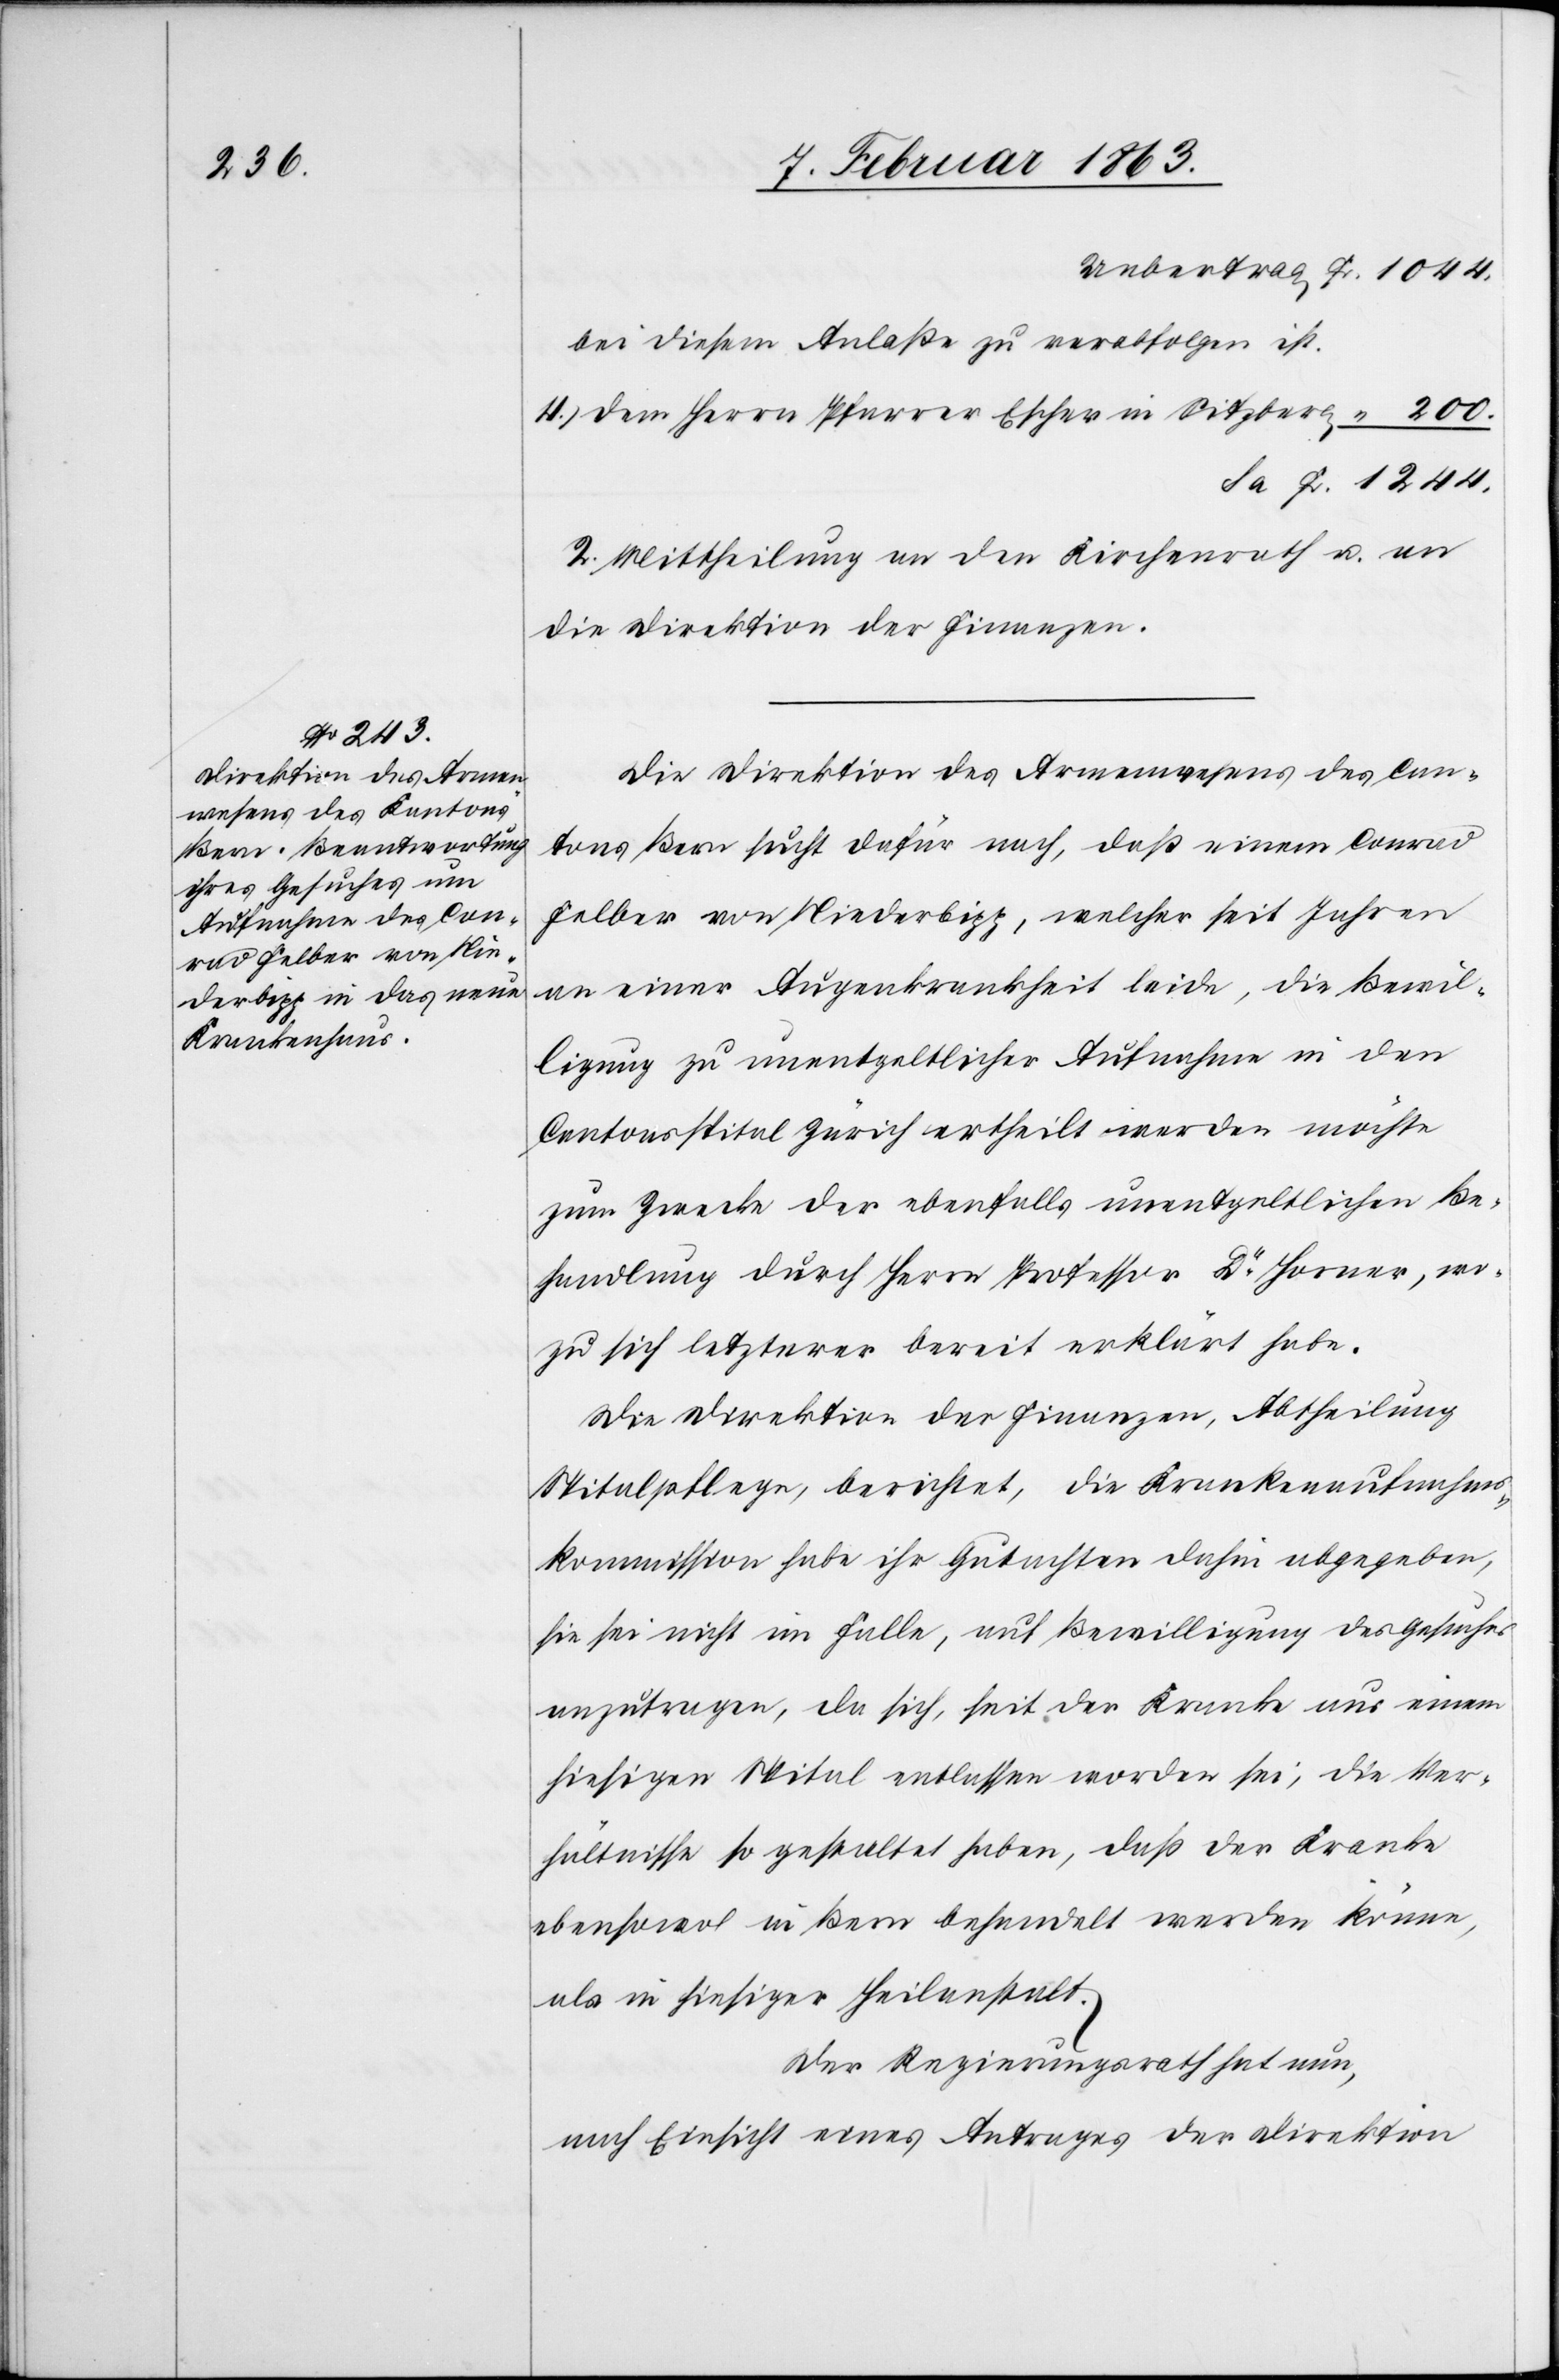
bei diesem Anlaße zu verabfolgen ist.
Dem Herrn Pfarrer Escher in Sitzberg
2. Mittheilung an den Kirchenrath u. an
die Direktion der Finanzen.
Die Direktion des Armenwesens des Can¬
tons Bern sucht dafür nach, daß einem Conrad
Felber von Niederbipp, welcher seit Jahren
an einer Augenkrankheit leide, die Bewil¬
ligung zu unentgeltlicher Aufnahme in den
Cantonsspital Zürich ertheilt werden möchte
zum Zwecke der ebenfalls unentgeltlichen Be¬
handlung durch Herrn Professor Dr Horner, wo¬
zu sich letzterer bereit erklärt habe.
Die Direktion der Finanzen, Abtheilung
Spitalpflege, berichtet, die Krankenaufnahms¬
kommission habe ihr Gutachten dahin abgegeben,
sie sei nicht im Falle, auf Bewilligung des Gesuches
anzutragen, da sich, seit der Kranke aus einem
hiesigen Spital entlassen worden sei, die Ver¬
hältnisse so gestaltet haben, daß der Kranke
ebensowol in Bern behandelt werden könne,
als in hiesiger Heilanstalt.
Der Regierungsrath hat nun,
nach Einsicht eines Antrages der Direktion